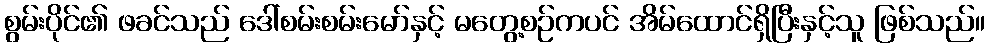
စွမ်းပိုင်၏ ဖခင်သည် ဒေါ်စမ်းစမ်းမော်နှင့် မတွေ့စဉ်ကပင် အိမ်ထောင်ရှိပြီးနှင့်သူ ဖြစ်သည်။